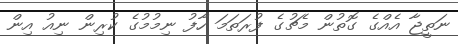
ނަތީޖާ އެއްގެ ގޮތުން މެޗުގެ ފުރަތަމަ ހާފު ނިމުމުގެ ކުރިން ނިއު އިން